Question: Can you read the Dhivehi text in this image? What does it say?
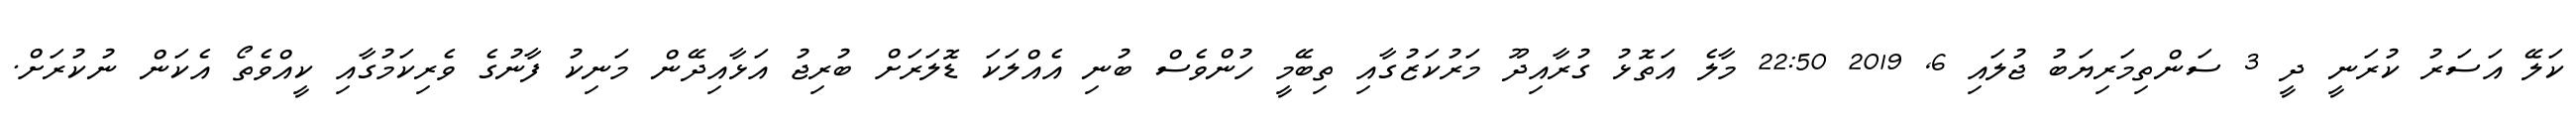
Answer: ކަލޭ އަސަރު ކުރަނީ ދީ 3 ސަންތިމަރިޔަބު ޖުލައި 6, 2019 22:50 މާލެ އަތޮޅު ގުރާއިދޫ މަރުކަޒުގާއި ތިބޭމީ ހުންވެސް ބުނި އެއްލަކަ ޑޮލަރަށް ބުރިޖު އަޅާއިދޭން މަނިކު ފާނުގެ ވެރިކަމުގާއި ކީއްވެތޯ އެކަން ނުކުރަށް.